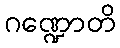
ဂဏ္ဍောတိ